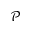
\mathcal { P }